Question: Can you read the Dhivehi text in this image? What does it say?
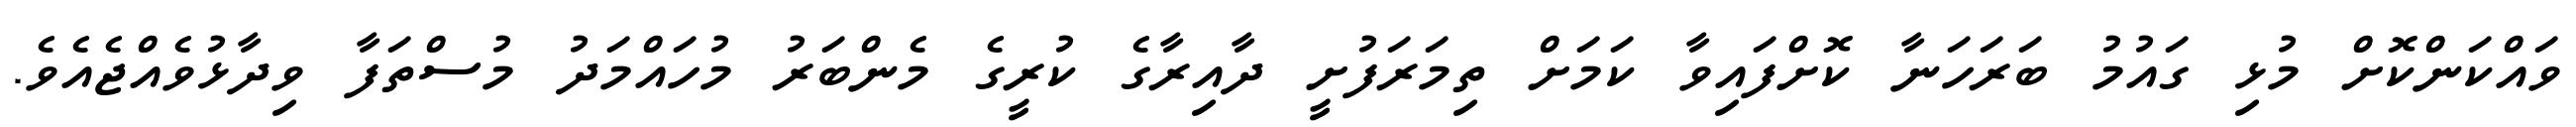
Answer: ވައްކަންކޮށް މުޅި ގައުމު ބަރަހަނާ ކޮށްފައިވާ ކަމަށް ތިމަރަފުށީ ދާއިރާގެ ކުރީގެ މެންބަރު މުހައްމަދު މުސްތަފާ ވިދާޅުވެއްޖެއެވެ.